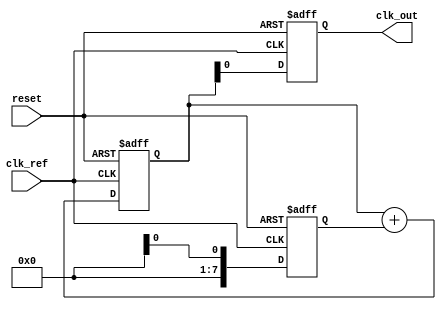
module PLL (
    input wire clk_ref,             // Reference clock input
    input wire reset,               // Reset signal
    output wire clk_out             // Output PLL clock
);

    // Parameters for PLL
    parameter VCO_RANGE = 100;      // Example VCO range
    parameter PHASE_DETECTOR_WIDTH = 8; // Width of phase detector output
    parameter FILTER_WIDTH = 8;      // Width of filter output
    parameter MEMORY_SIZE = 16;      // Size of memory block

    // Phase Detector (PD)
    reg [PHASE_DETECTOR_WIDTH-1:0] phase_error; // Phase error output
    wire clk_feedback;

    // Loop Filter (LF)
    reg [FILTER_WIDTH-1:0] control_voltage; // Control voltage output

    // Voltage-Controlled Oscillator (VCO)
    reg [VCO_RANGE-1:0] vco_output; // VCO output frequency
    wire vco_clk;

    // Memory Block
    reg [FILTER_WIDTH-1:0] memory_block[0:MEMORY_SIZE-1]; // Memory for calibration data

    // Control Logic
    always @(posedge clk_ref or posedge reset) begin
        if (reset) begin
            // Reset logic
            phase_error <= 0;
            control_voltage <= 0;
            vco_output <= 0;
        end else begin
            // Phase Detector logic (simplified)
            phase_error <= $random; // In practice, compare clk_ref and clk_feedback

            // Loop Filter (simplified)
            control_voltage <= control_voltage + phase_error; // Basic integration
            
            // VCO logic (simplified)
            vco_output <= control_voltage; // Control voltage sets VCO frequency
            
            // You will need to implement a divider for feedback if needed
        end
    end

    // Feedback path (simplified)
    assign clk_feedback = vco_output; // Direct feedback for simplicity

    // Output Buffer (simplified)
    assign clk_out = vco_output; // Output PLL clock

endmodule